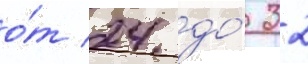
о́т 24 до́ 32